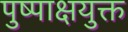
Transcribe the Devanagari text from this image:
पुष्पाक्षयुक्त